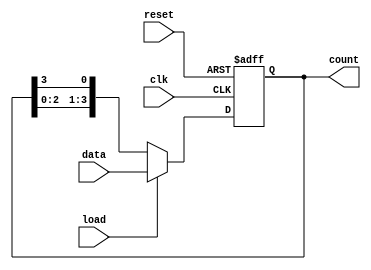
module LoadableRingCounter #(
    parameter N = 4 // Number of bits (flip-flops) in the counter
)(
    input wire clk,          // Clock signal
    input wire reset,        // Asynchronous reset signal
    input wire load,         // Load control signal
    input wire [N-1:0] data, // Input data to load into the counter
    output reg [N-1:0] count // Current counter value
);

    // Sequential logic for the Loadable Ring Counter
    always @(posedge clk or posedge reset) begin
        if (reset) begin
            // Asynchronous reset: set counter to zero
            count <= {N{1'b0}};
        end else if (load) begin
            // Load operation: load the input data into the counter
            count <= data;
        end else begin
            // Counting operation: shift right and wrap around
            count <= {count[N-2:0], count[N-1]}; // Shift right
        end
    end

endmodule